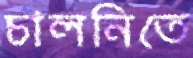
চালনিতে